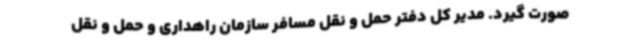
صورت گیرد. مدیر کل دفتر حمل و نقل مسافر سازمان راهداری و حمل و نقل